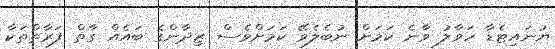
ޔުނައިޓެޑާ ހަވާލު ވާނެ ކަމަށް ނުބެލެވޭ ކަމަށްވެސް ޒިދާންގެ ބައެއް ގާތް ފަރާތްތަކާ